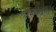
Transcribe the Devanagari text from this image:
परभगवती